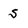
Character: s